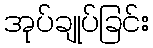
အုပ်ချုပ်ခြင်း